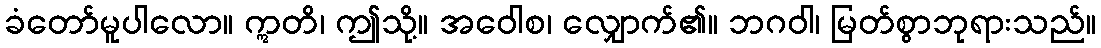
ခံတော်မူပါလော။ ဣတိ၊ ဤသို့။ အဝေါစ၊ လျှောက်၏။ ဘဂဝါ၊ မြတ်စွာဘုရားသည်။